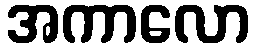
အကာလော